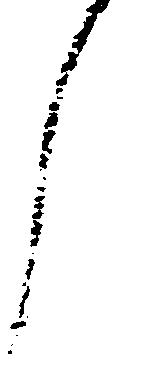
了